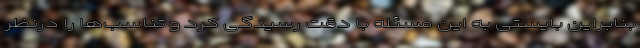
بنابراین بایستی به این مسئله با دقت رسیدگی کرد و تناسب‌ها را درنظر